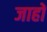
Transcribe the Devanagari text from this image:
जाहों